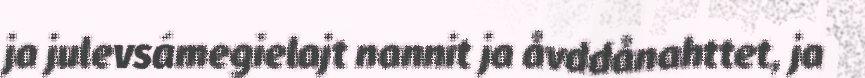
ja julevsámegielajt nannit ja åvddånahttet, ja